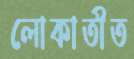
লোকাতীত